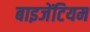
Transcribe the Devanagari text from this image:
बाइजेंटियम